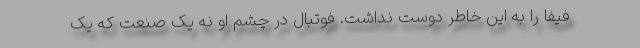
فیفا را به این خاطر دوست نداشت. فوتبال در چشم او نه یک صنعت که یک